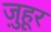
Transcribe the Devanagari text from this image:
ज़ुहूर